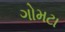
ગોમટા